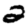
Digit: 2